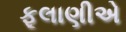
ફૂલાણીએ